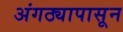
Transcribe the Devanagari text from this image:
अंगठ्यापासून